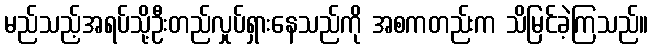
မည်သည့်အရပ်သို့ဦးတည်လှုပ်ရှားနေသည်ကို အစကတည်းက သိမြင်ခဲ့ကြသည်။